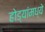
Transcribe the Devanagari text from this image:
होड्यांमध्ये